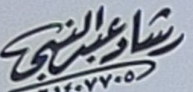
رشادعبدالنبي